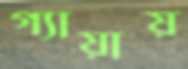
গ্যায়ায়